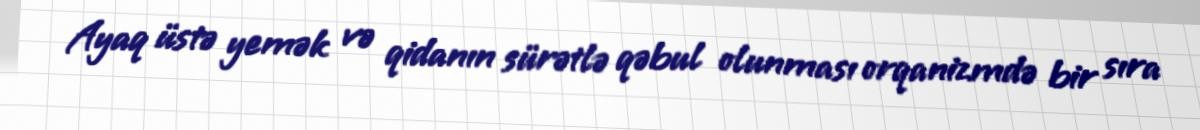
Ayaq üstə yemək və qidanın sürətlə qəbul olunması orqanizmdə bir sıra